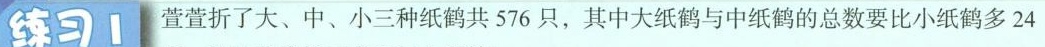
练习1 萱萱折了大、中、小三种纸鹤共576只，其中大纸鹤与中纸鹤的总数要比小纸鹤多24